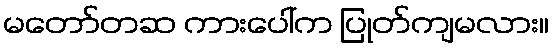
မတော်တဆ ကားပေါ်က ပြုတ်ကျမလား။